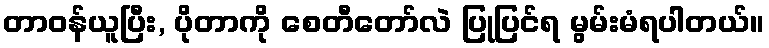
တာဝန်ယူပြီး, ပိုတာကို စေတီတော်လဲ ပြုပြင်ရ မွမ်းမံရပါတယ်။